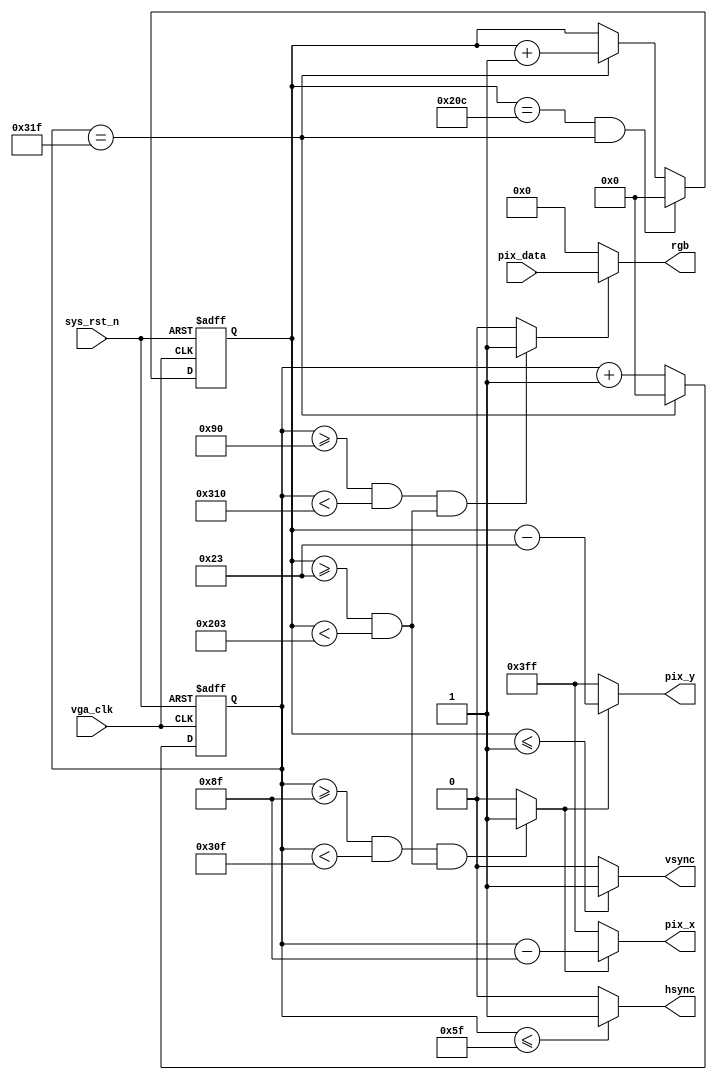
`timescale  1ns/1ns
////////////////////////////////////////////////////////////////////////
// Module Name   : vga_ctrl
// Project Name  : vga_uart_pic
// Target Devices: Altera EP4CE10F17C8N
// Tool Versions : Quartus 13.0
// Description   : VGA
// 
// Revision      : V1.0
// Additional Comments:
// 
// : _Pro_FPGA
//     : http://www.embedfire.com
//     : http://www.firebbs.cn
//     : https://fire-stm32.taobao.com
////////////////////////////////////////////////////////////////////////

module  vga_ctrl
(
    input   wire            vga_clk     ,   //,25MHz
    input   wire            sys_rst_n   ,   //,
    input   wire    [7:0]   pix_data    ,   //

    output  wire    [9:0]   pix_x       ,   //VGAX
    output  wire    [9:0]   pix_y       ,   //VGAY
    output  wire            hsync       ,   //
    output  wire            vsync       ,   //
    output  wire    [7:0]   rgb             //
);

//********************************************************************//
//****************** Parameter and Internal Signal *******************//
//********************************************************************//
//parameter define
parameter H_SYNC    =   10'd96  ,   //
          H_BACK    =   10'd40  ,   //
          H_LEFT    =   10'd8   ,   //
          H_VALID   =   10'd640 ,   //
          H_RIGHT   =   10'd8   ,   //
          H_FRONT   =   10'd8   ,   //
          H_TOTAL   =   10'd800 ;   //
parameter V_SYNC    =   10'd2   ,   //
          V_BACK    =   10'd25  ,   //
          V_TOP     =   10'd8   ,   //
          V_VALID   =   10'd480 ,   //
          V_BOTTOM  =   10'd8   ,   //
          V_FRONT   =   10'd2   ,   //
          V_TOTAL   =   10'd525 ;   //

//wire  define
wire            rgb_valid       ;   //VGA
wire            pix_data_req    ;   //

//reg   define
reg     [9:0]   cnt_h           ;   //
reg     [9:0]   cnt_v           ;   //

//********************************************************************//
//***************************** Main Code ****************************//
//********************************************************************//
//cnt_h:
always@(posedge vga_clk or  negedge sys_rst_n)
    if(sys_rst_n == 1'b0)
        cnt_h   <=  10'd0   ;
    else    if(cnt_h == H_TOTAL - 1'd1)
        cnt_h   <=  10'd0   ;
    else
        cnt_h   <=  cnt_h + 1'd1   ;

//hsync:
assign  hsync = (cnt_h  <=  H_SYNC - 1'd1) ? 1'b1 : 1'b0  ;

//cnt_v:
always@(posedge vga_clk or  negedge sys_rst_n)
    if(sys_rst_n == 1'b0)
        cnt_v   <=  10'd0 ;
    else    if((cnt_v == V_TOTAL - 1'd1) && (cnt_h == H_TOTAL-1'd1))
        cnt_v   <=  10'd0 ;
    else    if(cnt_h == H_TOTAL - 1'd1)
        cnt_v   <=  cnt_v + 1'd1 ;
    else
        cnt_v   <=  cnt_v ;

//vsync:
assign  vsync = (cnt_v  <=  V_SYNC - 1'd1) ? 1'b1 : 1'b0  ;

//rgb_valid:VGA
assign  rgb_valid = (((cnt_h >= H_SYNC + H_BACK + H_LEFT)
                    && (cnt_h < H_SYNC + H_BACK + H_LEFT + H_VALID))
                    &&((cnt_v >= V_SYNC + V_BACK + V_TOP)
                    && (cnt_v < V_SYNC + V_BACK + V_TOP + V_VALID)))
                    ? 1'b1 : 1'b0;

//pix_data_req:,rgb_valid
assign  pix_data_req = (((cnt_h >= H_SYNC + H_BACK + H_LEFT - 1'b1)
                    && (cnt_h < H_SYNC + H_BACK + H_LEFT + H_VALID - 1'b1))
                    &&((cnt_v >= V_SYNC + V_BACK + V_TOP)
                    && (cnt_v < V_SYNC + V_BACK + V_TOP + V_VALID)))
                    ? 1'b1 : 1'b0;

//pix_x,pix_y:VGA
assign  pix_x = (pix_data_req == 1'b1)
                ? (cnt_h - (H_SYNC + H_BACK + H_LEFT - 1'b1)) : 10'h3ff;
assign  pix_y = (pix_data_req == 1'b1)
                ? (cnt_v - (V_SYNC + V_BACK + V_TOP)) : 10'h3ff;

//rgb:
assign  rgb = (rgb_valid == 1'b1) ? pix_data : 8'b0 ;

endmodule